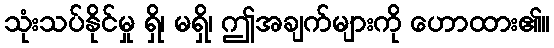
သုံးသပ်နိုင်မှု ရှိ၊ မရှိ၊ ဤအချက်များကို ဟောထား၏။